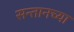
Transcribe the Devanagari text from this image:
सन्तानच्या